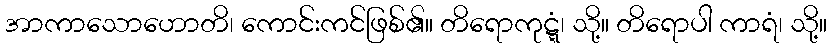
အာကာသောဟောတိ၊ ကောင်းကင်ဖြစ်၏။ တိရောကုဋ္ဋံ၊ သို့။ တိရောပါ ကာရံ၊ သို့။